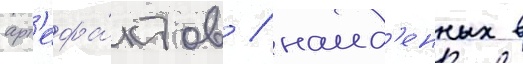
арт'ефа́ктов / наид'енных в